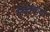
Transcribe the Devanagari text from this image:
ऐबकच्या